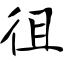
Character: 徂